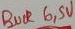
Text: BUCK6.5V